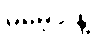
မမေ့ပါနဲ့။